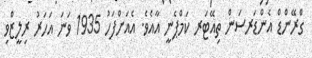
ގްރޭންޑް އެންޑަރސަން ތިއޭޓަރ ކަމްޕެނީ އާއެވެ. އެއަށްފަހު 1935 ވަނަ އަހަރު ރިލީޒްވި